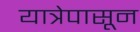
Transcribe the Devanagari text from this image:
यात्रेपासून